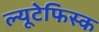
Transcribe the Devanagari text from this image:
ल्यूटेफिस्क